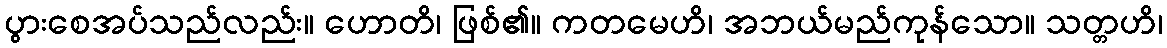
ပွားစေအပ်သည်လည်း။ ဟောတိ၊ ဖြစ်၏။ ကတမေဟိ၊ အဘယ်မည်ကုန်သော။ သတ္တဟိ၊